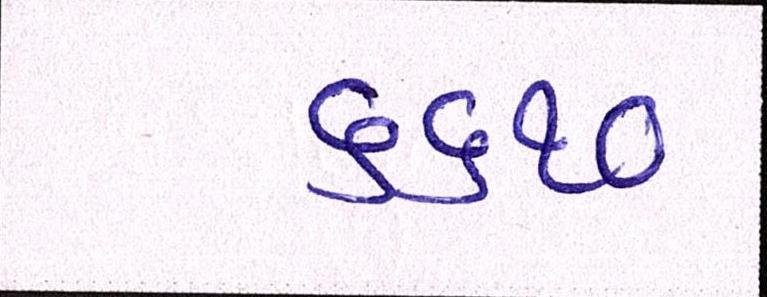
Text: ૬૬૧૦